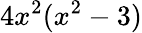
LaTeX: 4x^{2}(x^{2}-3)